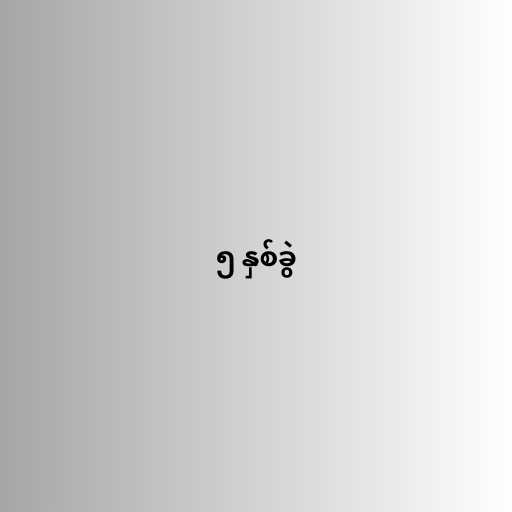
၅ နှစ်ခွဲ